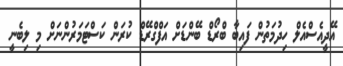
އޭދީއެސްއެލް ހިދުމަތުން ފައިބާ ބްރޯޑް ބޭންޑަށް އަފްގްރޭޑް ކުރަން ކަސްޓަމަރުންނަށް މި ލިބެނީ